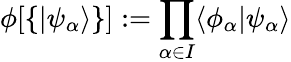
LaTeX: \phi[\{ \vert\psi_{\alpha}\rangle\} ]:=\prod_{\alpha\in I}\langle\phi_{\alpha}\vert\psi_{\alpha}\rangle